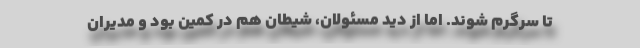
تا سرگرم شوند. اما از دید مسئولان، شیطان هم در کمین بود و مدیران